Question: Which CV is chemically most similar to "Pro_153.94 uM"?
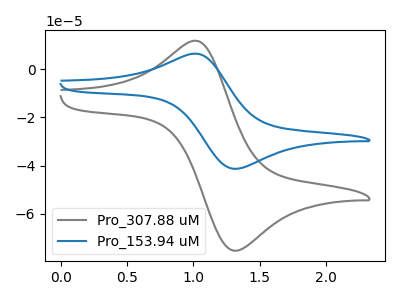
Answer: <think>The gray curve "Pro_307.88 uM" has an anodic peak at (1.05V, 11.70uA) and a cathodic peak at (1.30V, -75.50uA). The blue curve "Pro_153.94 uM" has an anodic peak at (1.05V, 6.45uA) and a cathodic peak at (1.30V, -41.40uA).
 All the peaks in "Pro_307.88 uM" have a peak in "Pro_153.94 uM" at the same potential. Every peak in "Pro_307.88 uM" is higher than every peak in "Pro_153.94 uM".</think>
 <answer>The CV with the most similar shape to "Pro_307.88 uM" is "Pro_153.94 uM".</answer>
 <eval>"Pro_153.94 uM"</eval>